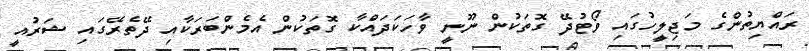
ރައްޔިތުންގެ މަޖިލީހުގައި ވޯޓުދޭ ގޮތަކުން ނޫނީ ވާހަކަދައްކާ ގޮތަކުން އެމެންބަރަކާއި ދޭތެރޭގައި ޝަރުއީ